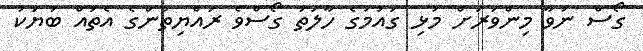
ގޯސް ނުވާ މިންވަރަށް މުޅި ގައުމުގެ ހާލަތު ގޯސްވެ ރައްޔިތުންގެ އެތައް ބަޔަކު